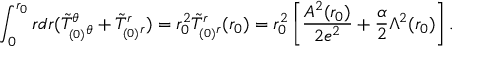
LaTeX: \int _ { 0 } ^ { r _ { 0 } } r d r ( \tilde { T } _ { _ { ( 0 ) } \theta } ^ { \theta } + \tilde { T } _ { _ { ( 0 ) } r } ^ { r } ) = r _ { 0 } ^ { 2 } \tilde { T } _ { _ { ( 0 ) } r } ^ { r } ( r _ { 0 } ) = r _ { 0 } ^ { 2 } \left[ \frac { A ^ { 2 } ( r _ { 0 } ) } { 2 e ^ { 2 } } + \frac { \alpha } { 2 } \Lambda ^ { 2 } ( r _ { 0 } ) \right] .